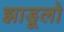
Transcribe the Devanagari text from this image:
झाडूलो